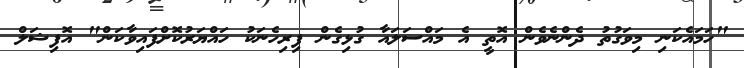
"ހަމައެކަނި މިވަގުތު ދެންނެވެން އޮތީ އެ މައްސަލައާ ގުޅިގެން ފިރިހެނަކު ހައްޔަރުކޮށްފައިވާކަން" އޮފިޝަލް